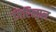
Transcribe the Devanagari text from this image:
गिरिलाल